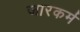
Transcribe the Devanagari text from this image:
जारकर्म